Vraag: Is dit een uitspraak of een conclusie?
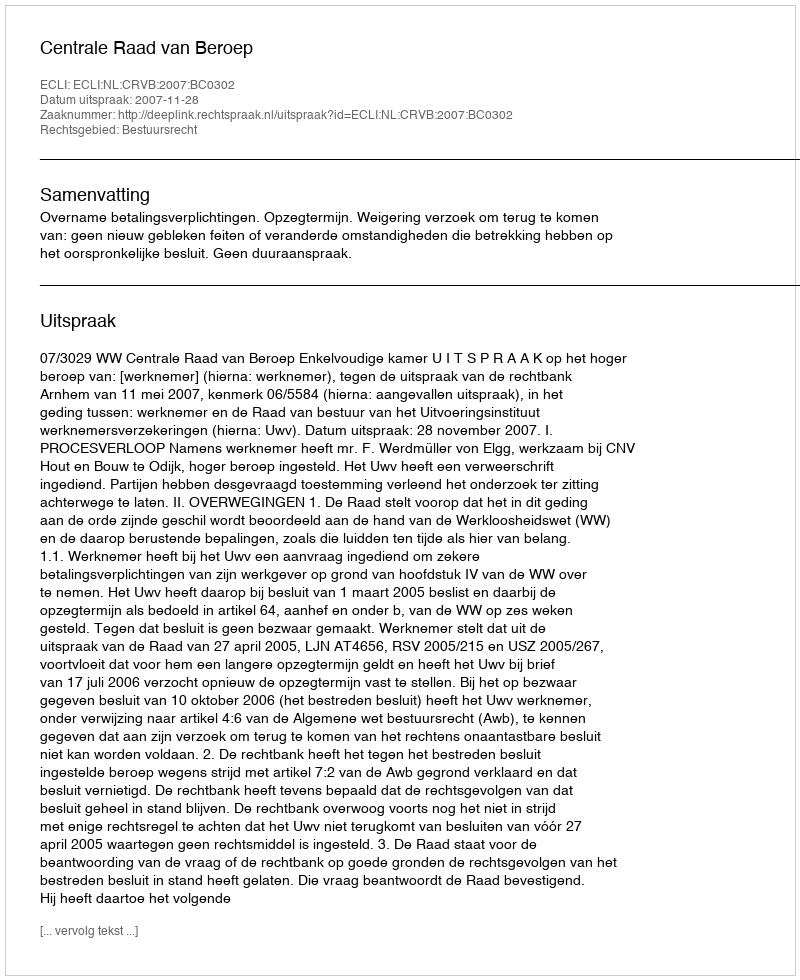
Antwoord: Uitspraak